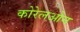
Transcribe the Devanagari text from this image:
कोरेलओन